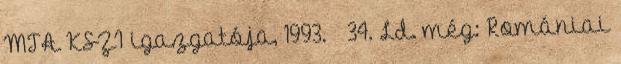
MTA KSZI igazgatója, 1993. – 34. Ld. még: Romániai